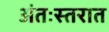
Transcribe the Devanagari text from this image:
अंतःस्तरात